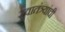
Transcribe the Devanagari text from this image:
स्वातंत्र्यांची